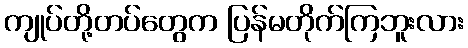
ကျုပ်တို့တပ်တွေက ပြန်မတိုက်ကြဘူးလား